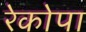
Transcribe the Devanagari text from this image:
रेकोपा